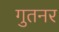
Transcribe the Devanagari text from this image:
गुतनर